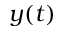
y ( t )